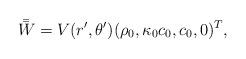
LaTeX: \begin{align*}\bar{\bar{W}}=V(r', \theta')(\rho_0, \kappa_0 c_0, c_0, 0)^{T},\end{align*}